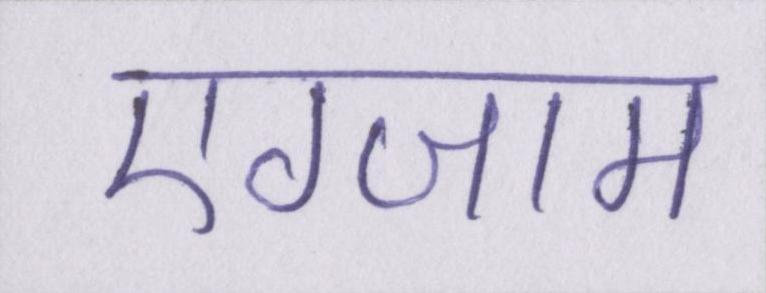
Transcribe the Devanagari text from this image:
एग्जाम